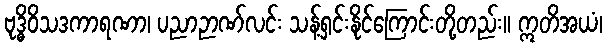
ဗုဒ္ဓိဝိသဒကာရဏာ၊ ပညာဉာဏ်လင်း သန့်ရှင်းနိုင်ကြောင်းတို့တည်း။ ဣတိအယံ၊